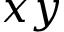
x y